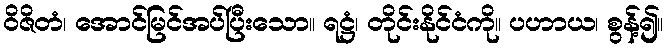
ဝိဇိတံ၊ အောင်မြင်အပ်ပြီးသော။ ရဋ္ဌံ၊ တိုင်းနိုင်ငံကို။ ပဟာယ၊ စွန့်၍။